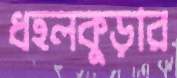
ধহলকুড়ার